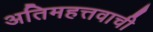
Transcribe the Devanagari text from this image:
अतिमहत्तवाची